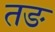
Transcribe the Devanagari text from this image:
तङ